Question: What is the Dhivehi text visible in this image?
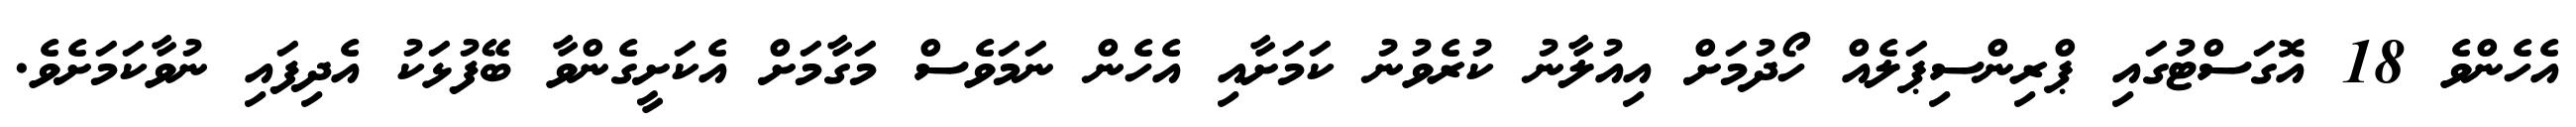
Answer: އެހެންވެ 18 އޮގަސްޓުގައި ޕްރިންސިޕަލެއް ހޯދުމަށް އިއުލާނު ކުރެވުނު ކަމަށާއި އެހެން ނަމަވެސް މަގާމަށް އެކަށީގެންވާ ބޭފުޅަކު އެދިފައި ނުވާކަމަށެވެ.